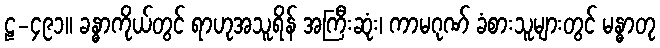
ဠ-၄၉၁။ ခန္ဓာကိုယ်တွင် ရာဟုအသူရိန် အကြီးဆုံး၊ ကာမဂုဏ် ခံစားသူများတွင် မန္ဓာတု